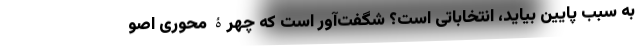
به سبب پایین بیاید، انتخاباتی است؟ شگفت‌آور است که چهرۀ محوری اصو